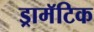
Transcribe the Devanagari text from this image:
ड्रामॅटिक